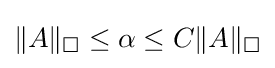
\|A\|_{\square }\leq \alpha \leq C\|A\|_{\square }